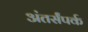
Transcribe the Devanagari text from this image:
अंतर्संपर्क